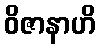
ဝိဇာနာဟိ